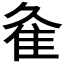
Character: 𨾉